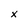
Character: x